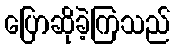
ပြောဆိုခဲ့ကြသည်